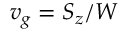
v _ { g } = S _ { z } / W